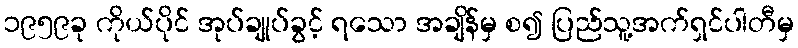
၁၉၅၉ခု ကိုယ်ပိုင် အုပ်ချုပ်ခွင့် ရသော အချိန်မှ စ၍ ပြည်သူ့အက်ရှင်ပါတီမှ